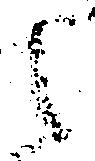
之